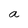
Character: a